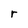
Character: r